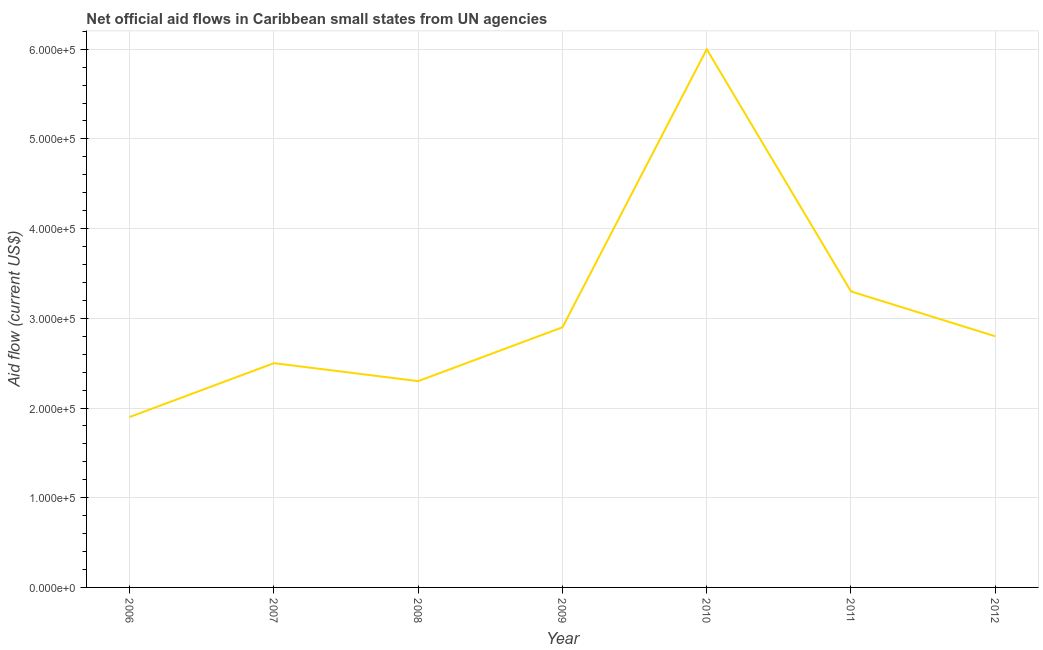
| Year | Net official flows from UN agencies |
 | --- | --- |
 | 2006 | 1.9e+05 |
 | 2007 | 2.5e+05 |
 | 2008 | 2.3e+05 |
 | 2009 | 2.9e+05 |
 | 2010 | 6e+05 |
 | 2011 | 3.3e+05 |
 | 2012 | 2.8e+05 |